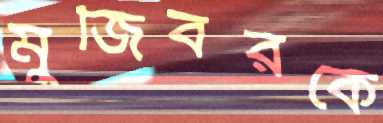
মুজিবরকে